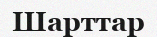
Шарттар